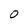
Character: O